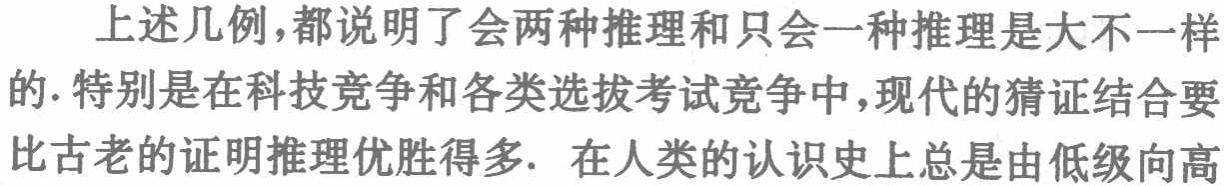
上述几例,都说明了会两种推理和只会一种推理是大不一样的.特别是在科技竞争和各类选拔考试竞争中,现代的猜证结合要比古老的证明推理优胜得多. 在人类的认识史上总是由低级向高